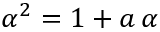
\alpha ^ { 2 } = 1 + a \, \alpha